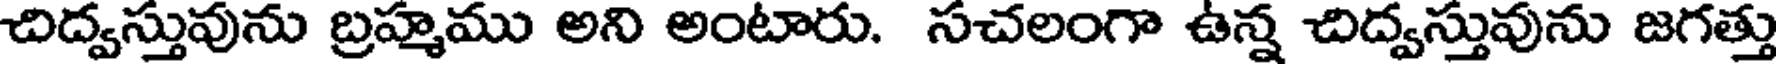
చిద్వస్తువును బ్రహ్మము అని అంటారు. సచలంగా ఉన్న చిద్వస్తువును జగత్తు